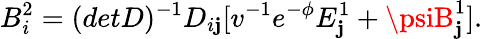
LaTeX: B_{i}^{2}=(detD)^{-1}D_{i\mathbf{j}}[v^{-1}e^{-\phi}E_{\mathbf{j}}^{1}+\psiB_{\mathbf{j}}^{1}].